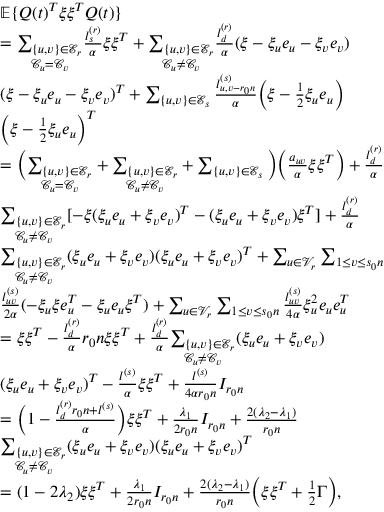
\begin{array} { r l } & { \mathbb { E } \{ Q ( t ) ^ { T } \xi \xi ^ { T } Q ( t ) \} } \\ & { = \underset { \mathcal { C } _ { u } = \mathcal { C } _ { v } } { \sum _ { \{ u , v \} \in \mathcal { E } _ { r } } } \frac { l _ { s } ^ { ( r ) } } { \alpha } \xi \xi ^ { T } + \underset { \mathcal { C } _ { u } \not = \mathcal { C } _ { v } } { \sum _ { \{ u , v \} \in \mathcal { E } _ { r } } } \frac { l _ { d } ^ { ( r ) } } { \alpha } ( \xi - \xi _ { u } e _ { u } - \xi _ { v } e _ { v } ) } \\ & { ( \xi - \xi _ { u } e _ { u } - \xi _ { v } e _ { v } ) ^ { T } + \sum _ { \{ u , v \} \in \mathcal { E } _ { s } } \frac { l _ { u , v - r _ { 0 } n } ^ { ( s ) } } { \alpha } \Big ( \xi - \frac 1 2 \xi _ { u } e _ { u } \Big ) } \\ & { \Big ( \xi - \frac 1 2 \xi _ { u } e _ { u } \Big ) ^ { T } } \\ & { = \Big ( \underset { \mathcal { C } _ { u } = \mathcal { C } _ { v } } { \sum _ { \{ u , v \} \in \mathcal { E } _ { r } } } + \underset { \mathcal { C } _ { u } \not = \mathcal { C } _ { v } } { \sum _ { \{ u , v \} \in \mathcal { E } _ { r } } } + \sum _ { \{ u , v \} \in \mathcal { E } _ { s } } \Big ) \Big ( \frac { a _ { u v } } { \alpha } \xi \xi ^ { T } \Big ) + \frac { l _ { d } ^ { ( r ) } } { \alpha } } \\ & { \underset { \mathcal { C } _ { u } \not = \mathcal { C } _ { v } } { \sum _ { \{ u , v \} \in \mathcal { E } _ { r } } } [ - \xi ( \xi _ { u } e _ { u } + \xi _ { v } e _ { v } ) ^ { T } - ( \xi _ { u } e _ { u } + \xi _ { v } e _ { v } ) \xi ^ { T } ] + \frac { l _ { d } ^ { ( r ) } } { \alpha } } \\ & { \underset { \mathcal { C } _ { u } \not = \mathcal { C } _ { v } } { \sum _ { \{ u , v \} \in \mathcal { E } _ { r } } } ( \xi _ { u } e _ { u } + \xi _ { v } e _ { v } ) ( \xi _ { u } e _ { u } + \xi _ { v } e _ { v } ) ^ { T } + \sum _ { u \in \mathcal { V } _ { r } } \sum _ { 1 \le v \le s _ { 0 } n } } \\ & { \frac { l _ { u v } ^ { ( s ) } } { 2 \alpha } ( - \xi _ { u } \xi e _ { u } ^ { T } - \xi _ { u } e _ { u } \xi ^ { T } ) + \sum _ { u \in \mathcal { V } _ { r } } \sum _ { 1 \le v \le s _ { 0 } n } \frac { l _ { u v } ^ { ( s ) } } { 4 \alpha } \xi _ { u } ^ { 2 } e _ { u } e _ { u } ^ { T } } \\ & { = \xi \xi ^ { T } - \frac { l _ { d } ^ { ( r ) } } { \alpha } r _ { 0 } n \xi \xi ^ { T } + \frac { l _ { d } ^ { ( r ) } } { \alpha } \underset { \mathcal { C } _ { u } \not = \mathcal { C } _ { v } } { \sum _ { \{ u , v \} \in \mathcal { E } _ { r } } } ( \xi _ { u } e _ { u } + \xi _ { v } e _ { v } ) } \\ & { ( \xi _ { u } e _ { u } + \xi _ { v } e _ { v } ) ^ { T } - \frac { l ^ { ( s ) } } { \alpha } \xi \xi ^ { T } + \frac { l ^ { ( s ) } } { 4 \alpha r _ { 0 } n } I _ { r _ { 0 } n } } \\ & { = \Big ( 1 - \frac { l _ { d } ^ { ( r ) } r _ { 0 } n + l ^ { ( s ) } } { \alpha } \Big ) \xi \xi ^ { T } + \frac { \lambda _ { 1 } } { 2 r _ { 0 } n } I _ { r _ { 0 } n } + \frac { 2 ( \lambda _ { 2 } - \lambda _ { 1 } ) } { r _ { 0 } n } } \\ & { \underset { \mathcal { C } _ { u } \not = \mathcal { C } _ { v } } { \sum _ { \{ u , v \} \in \mathcal { E } _ { r } } } ( \xi _ { u } e _ { u } + \xi _ { v } e _ { v } ) ( \xi _ { u } e _ { u } + \xi _ { v } e _ { v } ) ^ { T } } \\ & { = ( 1 - 2 \lambda _ { 2 } ) \xi \xi ^ { T } + \frac { \lambda _ { 1 } } { 2 r _ { 0 } n } I _ { r _ { 0 } n } + \frac { 2 ( \lambda _ { 2 } - \lambda _ { 1 } ) } { r _ { 0 } n } \Big ( \xi \xi ^ { T } + \frac 1 2 \Gamma \Big ) , } \end{array}